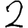
Digit: 2